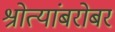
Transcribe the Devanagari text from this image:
श्रोत्यांबरोबर